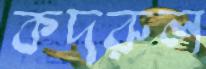
কদরুল